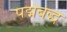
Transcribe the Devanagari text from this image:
पद्मबद्ध